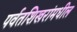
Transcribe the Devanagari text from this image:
पर्वतशिखरांमधील